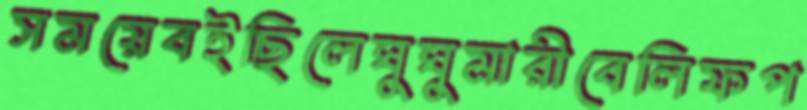
সময়েবইছিলেঘুঘুমারীবেলিফপ